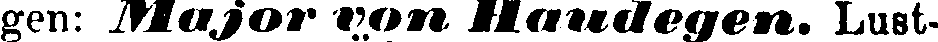
gen: Major von Haudegen. Lust-